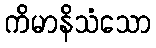
ကိမာနိသံသော